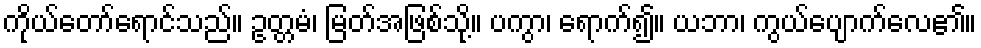
ကိုယ်တော်ရောင်သည်။ ဥတ္တမံ၊ မြတ်အဖြစ်သို့။ ပကွာ၊ ရောက်၍။ ယဘာ၊ ကွယ်ပျောက်လေ၏။